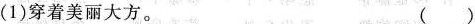
(1)穿着美丽大方。( )